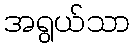
အရွယ်သာ